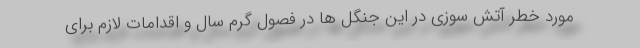
مورد خطر آتش سوزی در این جنگل ها در فصول گرم سال و اقدامات لازم برای